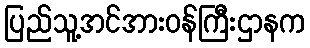
ပြည်သူ့အင်အားဝန်ကြီးဌာနက